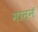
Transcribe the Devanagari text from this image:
माननॅ